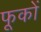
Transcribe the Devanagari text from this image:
फूकों